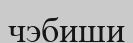
чэбиши